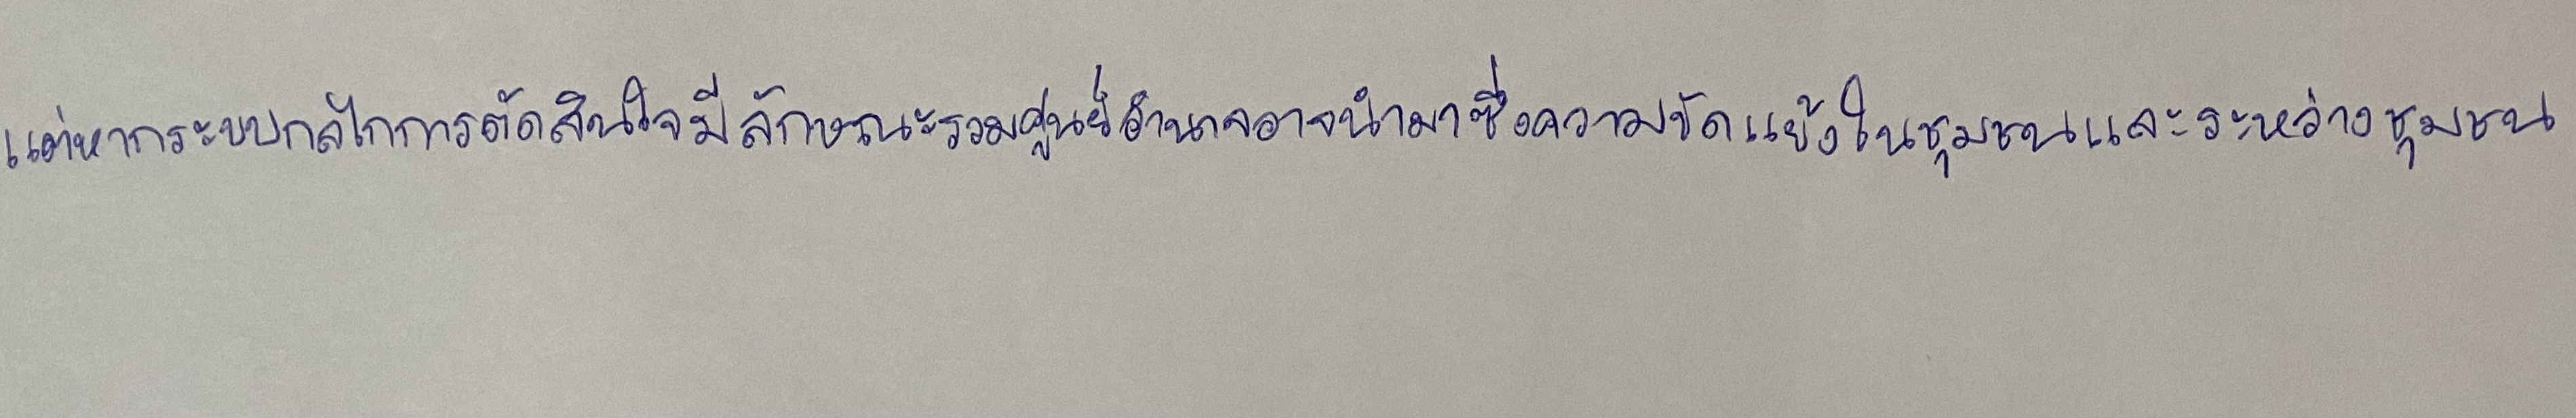
แต่หากระบบกลไกการตัดสินใจมีลักษณะรวมศูนย์อำนาจอาจนำมาซึ่งความขัดแย้งในชุมชนและระหว่างชุมชน